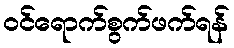
ဝင်ရောက်စွက်ဖက်ရန်